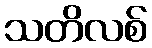
သတိလစ်